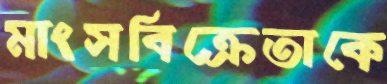
মাংসবিক্রেতাকে